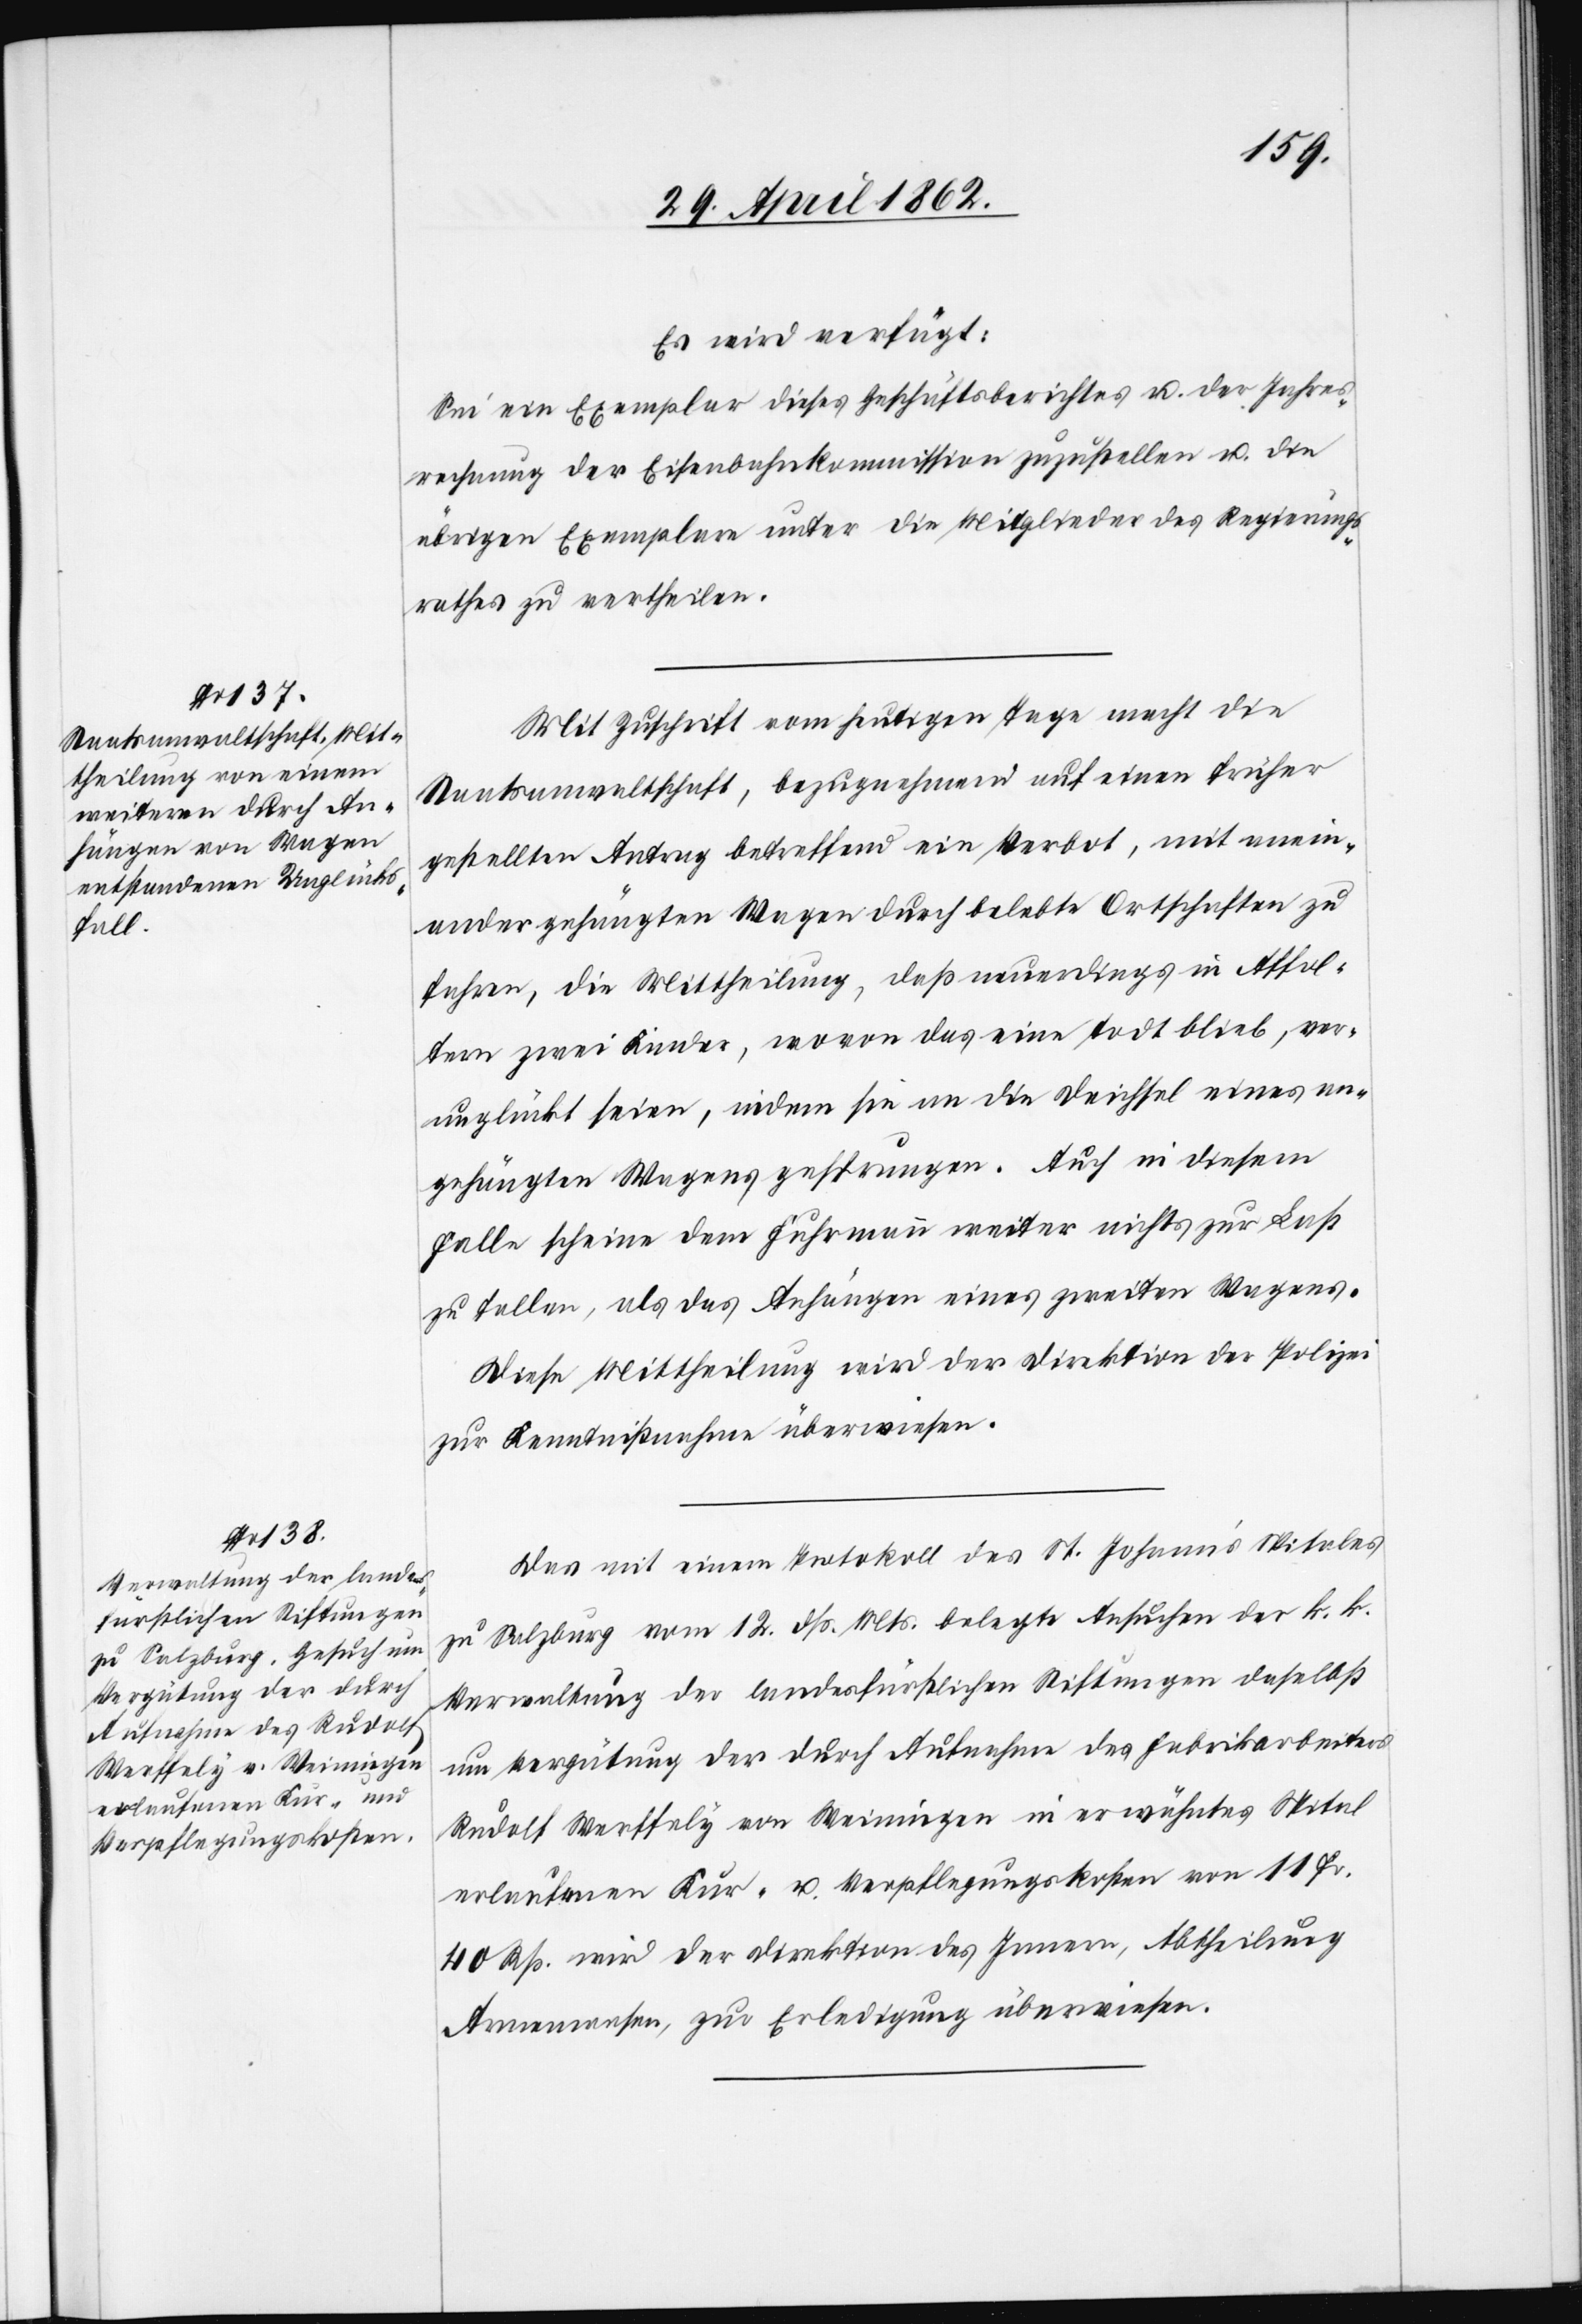
Es wird verfügt:
Sei ein Exemplar dieses Geschäftsberichtes u. der Jahres¬
rechnung der Eisenbahnkommission zuzustellen u. die
übrigen Exemplare unter die Mitglieder des Regierungs¬
rathes zu vertheilen.
Mit Zuschrift vom heutigen Tage macht die
Staatsanwaltschaft, bezugnehmend auf einen früher
gestellten Antrag betreffend ein Verbot, mit anein¬
andergehängten Wagen durch belebte Ortschaften zu
fahren, die Mittheilung, daß neuerdings in Affol¬
tern zwei Kinder, wovon das eine todt blieb, ver¬
unglückt seien, indem sie an die Deichsel eines an¬
gehängte Wagens gesprungen. Auch in diesem
Falle scheine dem Fuhrmann weiter nichts zur Last
zu stellen, als das Anhängen eines zweiten Wagens.
Diese Mittheilung wird der Direktion der Polizei
zur Kenntnißnahme überwiesen.
Das mit einem Protokoll des St. Johanne’s Spitales
zu Salzburg vom 12. dß. Mts. belegte Ansuchen der k. K.
Verwaltung der landesfürstlichen Stiftungen daselbst
um Vergütung der durch Aufnahme des Fabrikarbeiters
Rudolf Werffely von Weiningen in erwähntes Spital
erlaufenen Kur- u. Verpflegungskosten von 11 Fr.
40 Rp. wird der Direktion des Innern, Abtheilung
Armenwesen, zur Erledigung überwiesen.